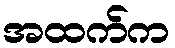
အထက်က